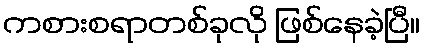
ကစားစရာတစ်ခုလို ဖြစ်နေခဲ့ပြီ။